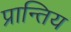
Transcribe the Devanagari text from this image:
प्रान्तिय